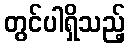
တွင်ပါရှိသည့်